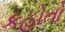
કહોતો